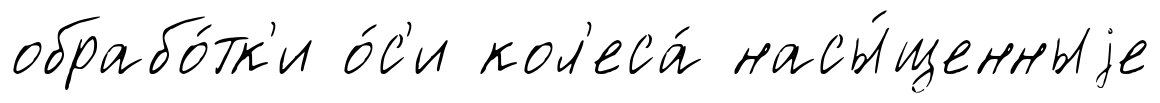
обрабо́тк'и о́с'и кол'еса́ насы́щенныjе